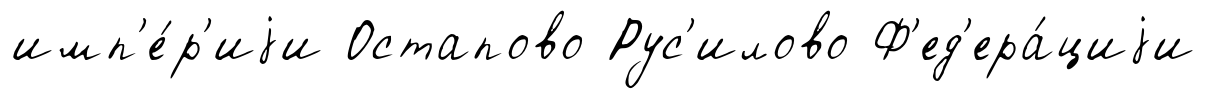
имп'е́р'иjи Остапово Рус'илово Ф'ед'ера́циjи